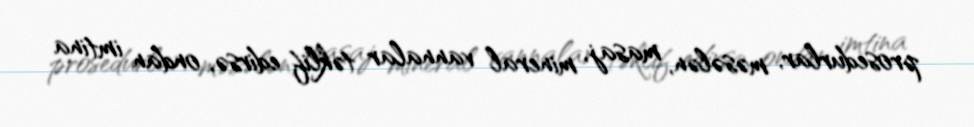
prosedurlar, məsələn, masaj, mineral vannalar təklif edirsə, ondan imtina